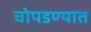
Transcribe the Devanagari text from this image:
चोपडण्यात